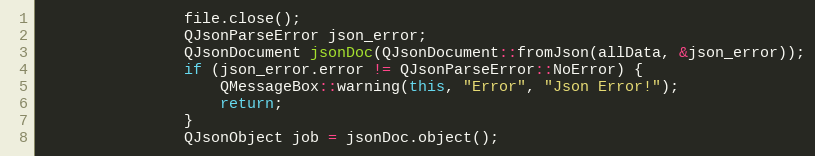
Language: C++
                file.close();
                QJsonParseError json_error;
                QJsonDocument jsonDoc(QJsonDocument::fromJson(allData, &json_error));
                if (json_error.error != QJsonParseError::NoError) {
                    QMessageBox::warning(this, "Error", "Json Error!");
                    return;
                }
                QJsonObject job = jsonDoc.object();